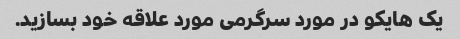
یک هایکو در مورد سرگرمی مورد علاقه خود بسازید.